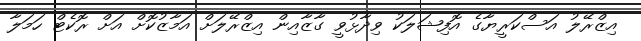
އިޒްރޭލު އަސްކަރީޔާގެ އޮފިޝަލަކު ވިދާޅުވީ ގާޒާއިން އިޒްރޭލަށް އަމާޒުކޮށް އަށް ރޮކެޓް ހަމަލާ